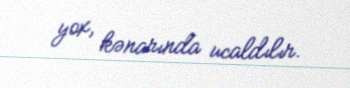
yox, kənarında ucaldılır.